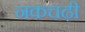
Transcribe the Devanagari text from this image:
नकचढ़ी